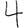
Digit: 4